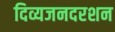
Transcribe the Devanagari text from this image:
दिव्यजनदरशन